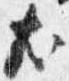
尤